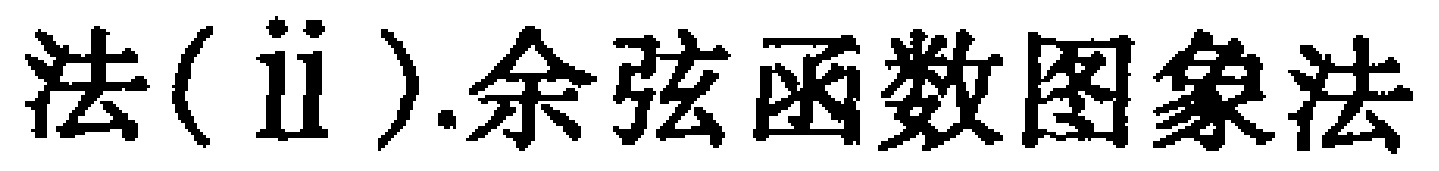
法(ii).余弦函数图象法